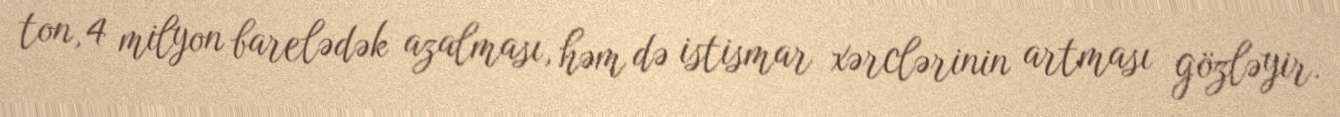
ton, 4 milyon barelədək azalması, həm də istismar xərclərinin artması gözləyir.